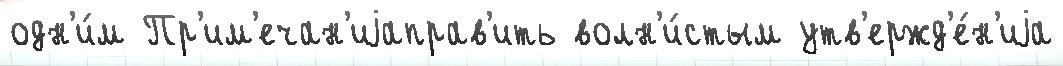
одн'и́м Пр'им'ечан'иjаправ'ить волн'и́стым утв'ержд'е́н'иjа